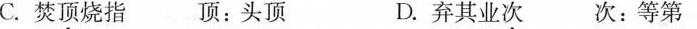
C.焚顶烧指 顶：头顶 D.弃其业次 次：等第